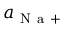
a _ { \mathrm { ~ N ~ a ~ + ~ } } ^ { \mathrm { ~ } }